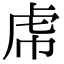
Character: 𧆞